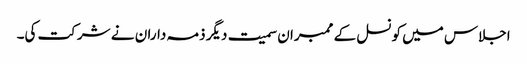
اجلاس میں کونسل کے ممبران سمیت دیگر ذمہ داران نے شرکت کی۔